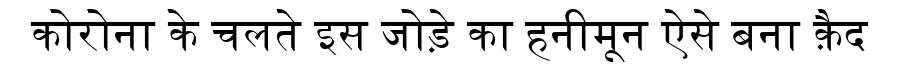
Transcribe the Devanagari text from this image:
कोरोना के चलते इस जोड़े का हनीमून ऐसे बना क़ैद